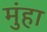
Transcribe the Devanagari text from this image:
मुंहा